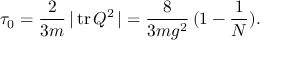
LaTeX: \tau _ { 0 } = \frac { 2 } { 3 m } \, \vert \, \mathrm { t r } \, Q ^ { 2 } \, \vert = \frac { 8 } { 3 m g ^ { 2 } } \, ( 1 - \frac { 1 } { N } ) .